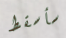
سأسقط